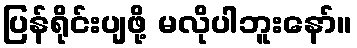
ပြန်ရိုင်းပျဖို့ မလိုပါဘူးနော်။